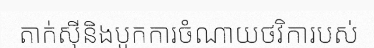
តាក់ស៊ីនិងបូកការចំណាយថវិការបស់